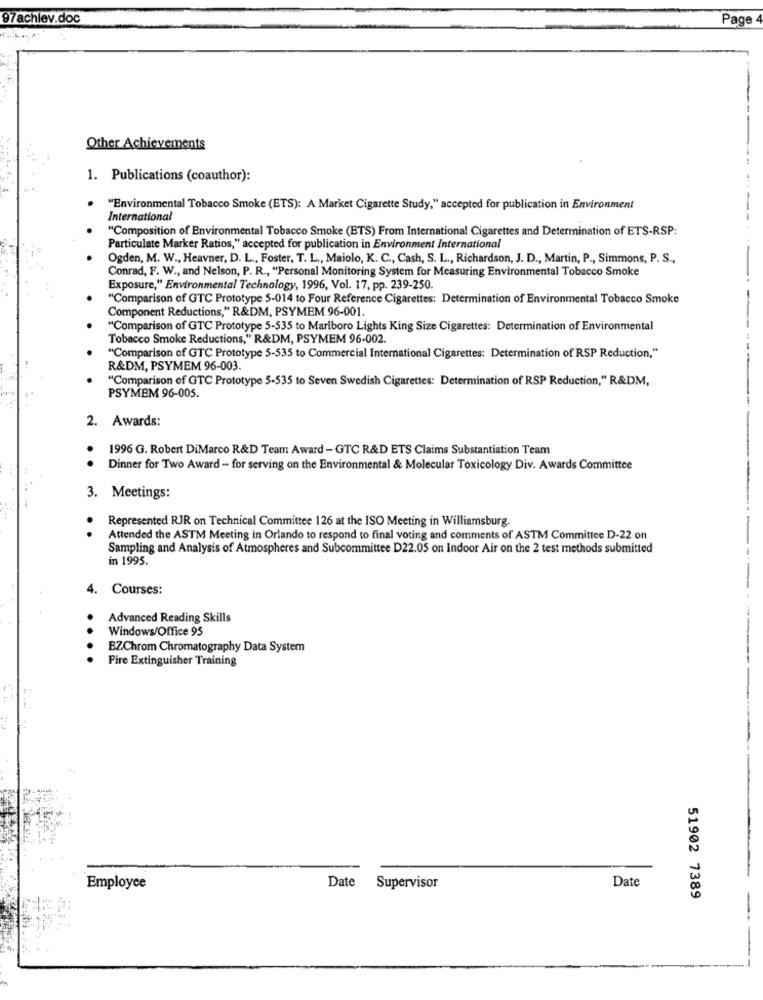
97achlev.doc
Page
Other Achievements
1. Publications (coauthor):
"Environmental Tobacco Smoke (ETS): A Market Cigarette Study," accepted for publication in Environment
International
"Composition of Environmental Tobacco Smoke (ETS) From International Cigarettes and Determination of ETS-RSP:
Particulate Marker Ratios," accepted for publication in Environment International
Ogden, M. W ., Heavner, D. L ., Foster, T. L ., Maiolo, K. C ., Cash, S. L ., Richardson, J. D ., Martin, P ., Simmons, P. S .,
Conrad, F. W ., and Nelson, P. R ., "Personal Monitoring System for Measuring Environmental Tobacco Smoke
Exposure," Environmental Technology, 1996, Vol. 17, pp. 239-250.
"Comparison of GTC Prototype 5-014 to Four Reference Cigarettes: Determination of Environmental Tobacco Smoke
Component Reductions," R&DM, PSYMEM 96-001.
"Comparison of GTC Prototype 5-535 to Marlboro Lights King Size Cigarettes: Determination of Environmental
Tobacco Smoke Reductions," R&DM, PSYMEM 96-002.
"Comparison of GTC Prototype 5-535 to Commercial International Cigarettes: Determination of RSP Reduction,"
R&DM, PSYMEM 96-003.
"Comparison of GTC Prototype 5-535 to Seven Swedish Cigarettes: Determination of RSP Reduction," R&DM,
PSYMEM 96-005.
2. Awards:
1996 G. Robert DiMarco R&D Team Award - GTC R&D ETS Claims Substantiation Team
Dinner for Two Award - for serving on the Environmental & Molecular Toxicology Div. Awards Committee
3. Meetings:
Represented RJR on Technical Committee 126 at the ISO Meeting in Williamsburg.
.
Attended the ASTM Meeting in Orlando to respond to final voting and comments of ASTM Committee D-22 on
Sampling and Analysis of Atmospheres and Subcommittee D22.05 on Indoor Air on the 2 test methods submitted
in 1995.
4. Courses:
Advanced Reading Skills
Windows/Office 95
....
BZChrom Chromatography Data System
Fire Extinguisher Training
Date
Employee
Date
Supervisor
51902 7389